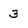
Character: 3